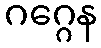
ဂဂ္ဂေန